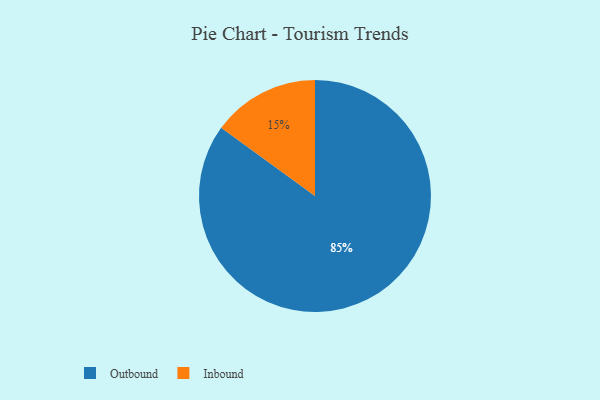
{"axis": {"x": "Category", "y": "Percentage"}, "legend": ["Inbound", "Outbound"], "data": [{"x": "Outbound", "y": 85, "type": "Outbound"}, {"x": "Inbound", "y": 15, "type": "Inbound"}]}